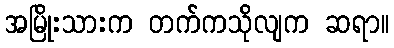
အမြိုးသားက တက်ကသိုလျက ဆရာ။